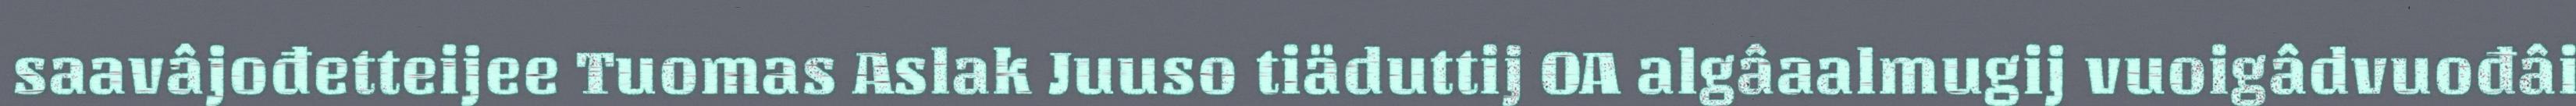
saavâjođetteijee Tuomas Aslak Juuso tiäduttij OA algâaalmugij vuoigâdvuođâi